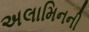
અલામિનની